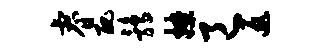
睿丑鹑撩邑返